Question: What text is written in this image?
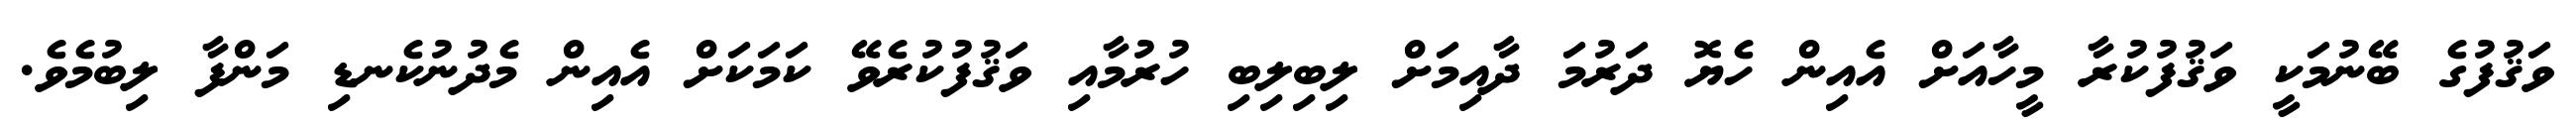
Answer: ވަޤުފުގެ ބޭނުމަކީ ވަޤުފުކުރާ މީހާއަށް އެއިން ހެޔޮ ދަރުމަ ދާއިމަށް ލިބިލިބި ހުރުމާއި ވަޤުފުކުރެވޭ ކަމަކަށް އެއިން މެދުނުކެނޑި މަންފާ ލިބުމެވެ.